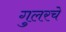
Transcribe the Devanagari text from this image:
गुलरचे